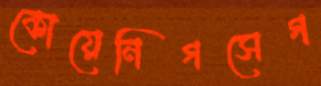
কোয়েনিগসেগ